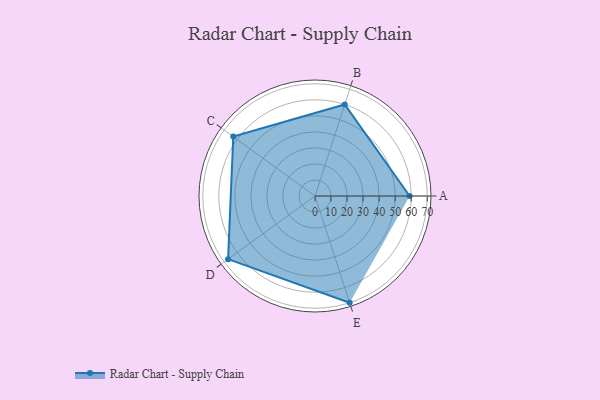
{"axis": {"x": "Skill", "y": "Score"}, "legend": ["Profile"], "data": [{"x": "A", "y": 59.0, "type": "Profile"}, {"x": "B", "y": 60.0, "type": "Profile"}, {"x": "C", "y": 63.0, "type": "Profile"}, {"x": "D", "y": 67.0, "type": "Profile"}, {"x": "E", "y": 70.0, "type": "Profile"}]}